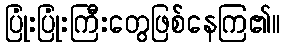
ပြုံးပြုံးကြီးတွေဖြစ်နေကြ၏။